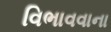
વિભાવવાના